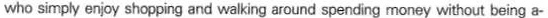
who simply enjoy shopping and walking around spending money without being a-